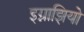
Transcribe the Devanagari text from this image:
इग्नाझियो